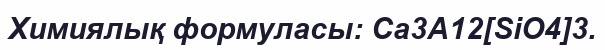
Химиялық формуласы: Са3А12[SiO4]3.